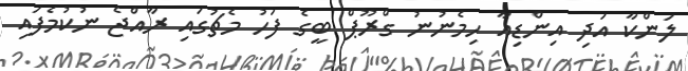
ލަންކާ އަދި އިންޑިއާ ހިމެނުނު ގްރޫޕް ބީގެ ފަހު މެޗުގައި ރާއްޖެ ނުކުމެފައި